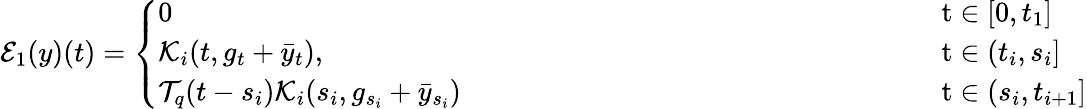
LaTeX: {\cal E}_{1}(y)(t)=\left\{ \begin{array}{ll}{0}&{\mathrm t\in[0,t_{1}]}\\ {{\cal K}_{i}(t,g_{t}+\bar{y}_{t}),}&{\mathrm t\in(t_{i},s_{i}]}\\ {{\cal T}_{q}(t-s_{i}){\cal K}_{i}(s_{i},g_{s_{i}}+\bar{y}_{s_{i}})\qquad\qquad\qquad\qquad\qquad\qquad\qquad\qquad}&{\mathrm t\in(s_{i},t_{i+1}]}\end{array}\right.